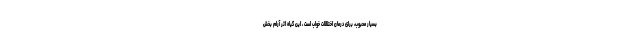
بسیار محبوب، برای درمان اختلالات خواب است ، این گیاه اثر آرام بخش